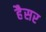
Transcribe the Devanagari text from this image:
हैैसर